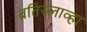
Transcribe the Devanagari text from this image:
ब्रतिस्लाव्हा